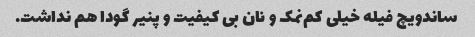
ساندویچ فیله خیلی کم‌نمک و نان بی کیفیت و پنیر گودا هم نداشت.